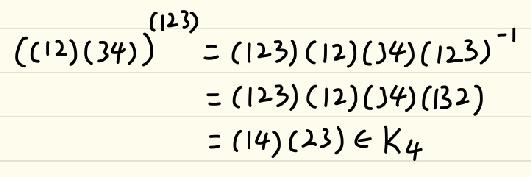
\begin{align*}
((12)(34))^{(123)}&=(123)(12)(34)(123)^{-1}\\
&=(123)(12)(34)(132)\\
&=(14)(23)\in K_4
\end{align*}